Medical and sanitary report on the native army of Bombay for the year
Year: 1877
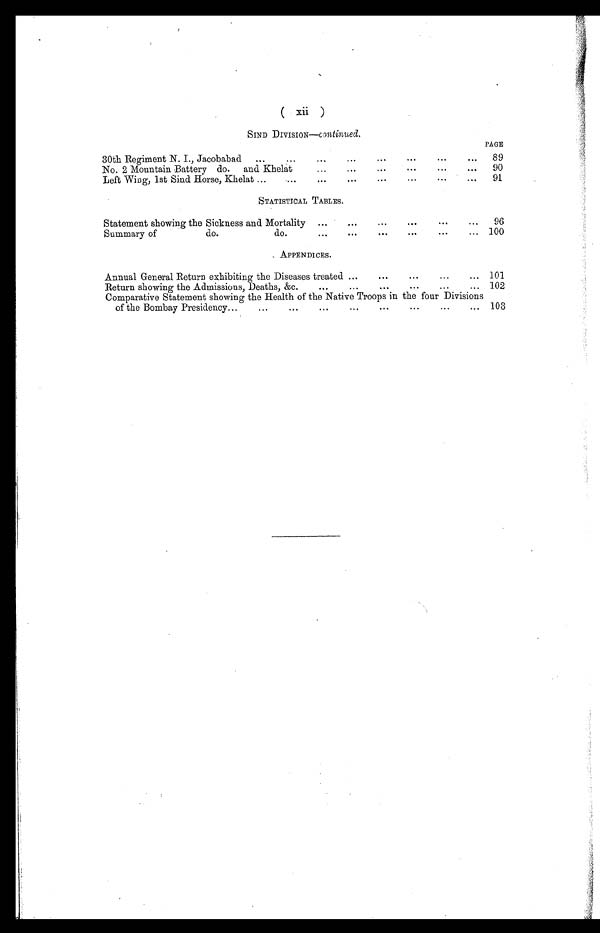
(
Xii
)
SIND DIVISION—continued.
30th Regiment N. I., Jacobabad...
. . . . . . . . . . . . . . . . . . . . .
PAGE
89
No. 2 Mountain Battery do.
and Khelat
...
...
...
...
...
90
Left Wing, 1st Sind Horse, Khelat ...
...
...
... ...
...
...
...
91
STATISTICAL TABLES.
Statement showing the Sickness and Mortality
...
...
...
...
. . .
96
Summary of
do.
do.
...
...
...
...
...
... 100
APPENDICES.
Annual General Return exhibiting the Diseases treated ...
...
... 101
Return showing the Admissions, Deaths, &c.
...
...
...
...
...
... 102
Comparative Statement showing the Health of the Native Troops in the four Divisions
of the Bombay Presidency...
...
...
...
...
...
...
103